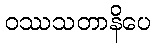
ဝဿသတာနိပေ